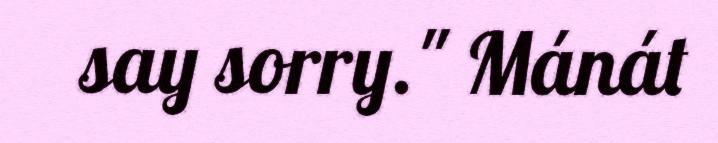
say sorry." Mánát